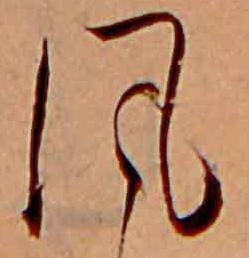
風